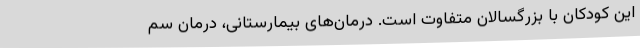
این کودکان با بزرگسالان متفاوت است. درمان‌های بیمارستانی، درمان سم